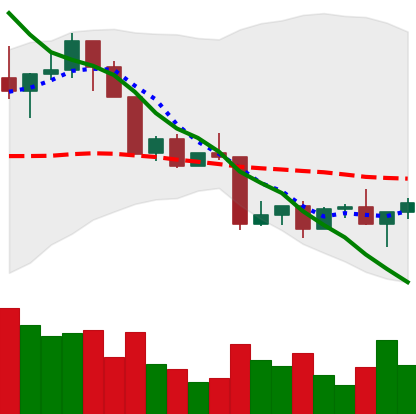
Ticker: LINK-USD
Chart end date: 2022-04-19
Forward return: -6.81%
Label: down_5_7